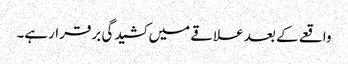
واقعے کے بعد علاقے میں کشیدگی برقرارہے۔